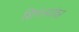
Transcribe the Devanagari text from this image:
शिंपल्यांवर